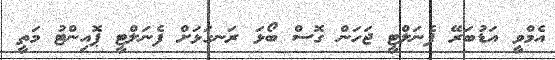
އެމްވީ އަޑުބަރޭ ޕެނަލްޓީ ޖަހަން ގޮސް ބޯޅަ ރަނގަޅަށް ފެނަލްޓީ ޕޮއިންޓު މަތީ